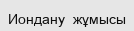
Иондану  жұмысы